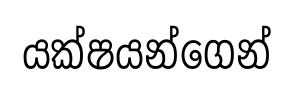
යක්ෂයන්ගෙන්